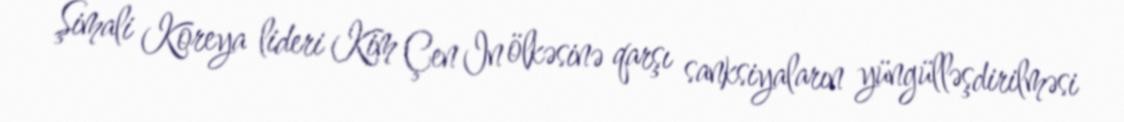
Şimali Koreya lideri Kim Çen In ölkəsinə qarşı sanksiyaların yüngülləşdirilməsi